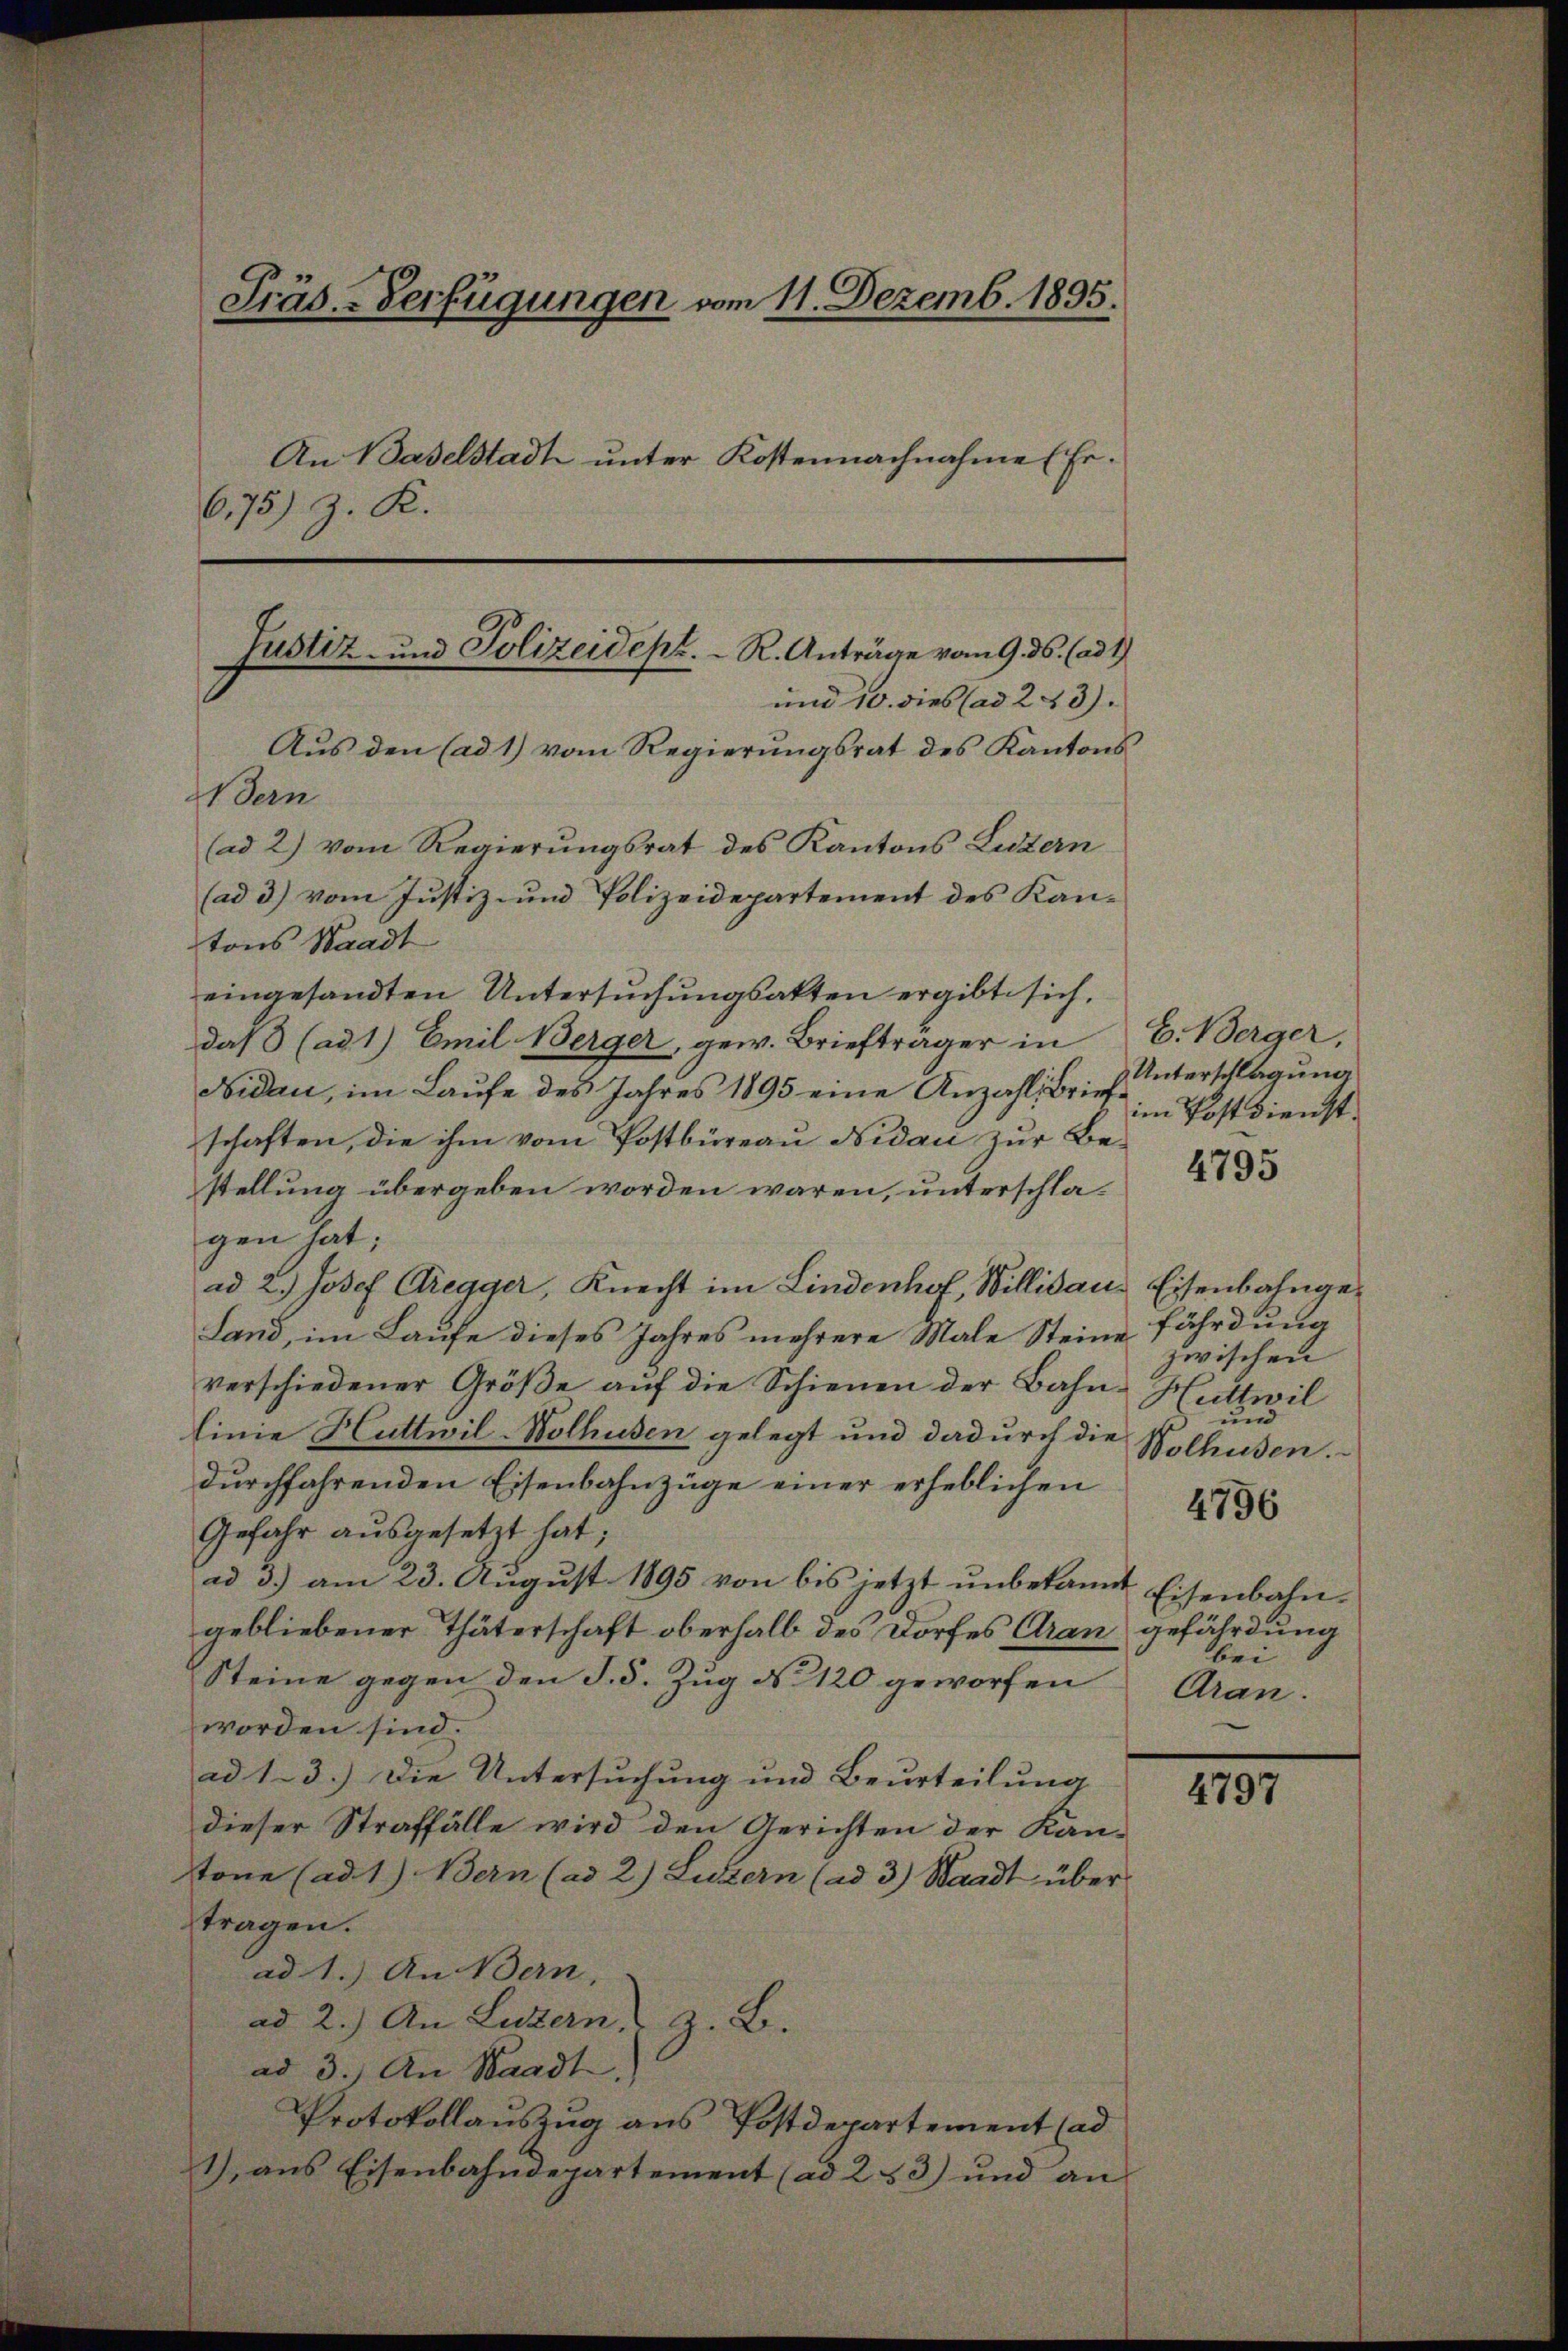
Präs.-Verfügungen vom 11. Dezemb. 1895.
An Baselstadt unter Kostennachnahme (Er¬
675) z. R.
Justiz- und Polizeidept. R. Anträge vom 9. ds. (ad 1
und 10. dies (ad 243).
Aus den (ad 1) vom Regierungsrat des Kantons

Wern
(ad 2) vom Regierungsrat des Kantons Luzern
(ad 3) vom Justiz- und Polizeidepartement des Kantons Waadt
eingesandten Untersuchungsakten ergibt sich,
daβ (ad 1) Emil Berger, gew. Briefträger in E. Berger,
Nidau, im Laufe des Jahres 1895 eine Anzahl Briefschaften, die ihm vom Postbüreau Nidau zur Bestellung übergeben worden wären, unterschlagen hat;
ad 2.) Josef Bregger, Knecht im Lindenhof, Willisau. Eisenbahnge¬
Land, im Laufe dieses Jahres mehrere Male Steine fährdung
verschiedener Gröβe aŭf die Schienen der Bahn-Huttwil
linie Huttwil-Wolhusen gelegt und dadurch die Wolhusen.
durchfahrenden Eisenbahnzüge einer erheblichen
Gefahr ausgesetzt hat;
ad 3.) am 23. August 1895 von bis jetzt unbekannt
gebliebener Thäterschaft oberhalb des Dorfes Aran gefährdung
Steine gegen den S. 5. Zug § 120 geworfen
worden sind.
ad 1. 3.) Die Untersuchung und Beurteilung
dieser Straffälle wird den Gerichten der Kantone (ad 1.) Bern (ad 2) Luzern (ad 3.) Waadt über
tragen.
ad 1.) An Bern,
ad 2.) An Luzern, z. B.
ad 3.) An Waadt,
Protokollauszug aus Postdepartement (ad
1) aus Eisenbahndepartement (ad 253) und an

Unterschlagung
im Postdienst.

4795

zwischen
und

4796

Eisenbahn.
bei
Aran.

4797